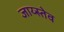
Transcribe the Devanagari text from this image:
जाय्स्तेव